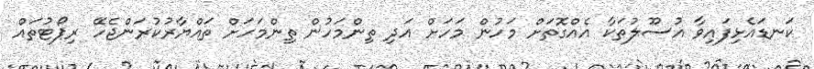
ކަނޑައެޅިފައިވާ އުސޫލުތަކާ އެއްގޮތަށް މަހުން މަހަށް އަދި ތިންމަހުން ތިންމަހަށް ތައްޔާރުކުރަންޖެހޭ ރިޕޯޓުތައް